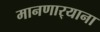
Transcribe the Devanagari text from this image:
मानणार्‍याना